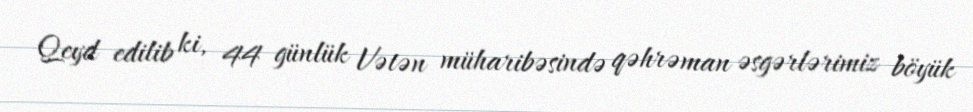
Qeyd edilib ki, 44 günlük Vətən müharibəsində qəhrəman əsgərlərimiz böyük